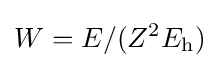
W=E/(Z^{2}E_{\textrm {h}})